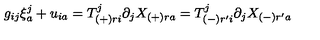
g _ { i j } \xi _ { a } ^ { j } + u _ { i a } = T _ { ( + ) r i } ^ { j } \partial _ { j } X _ { ( + ) r a } = T _ { ( - ) r ^ { \prime } i } ^ { j } \partial _ { j } X _ { ( - ) r ^ { \prime } a }